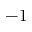
- 1